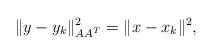
LaTeX: \begin{align*} \|y - y_k \|^2_{AA^T} = \| x - x_k \|^2,\end{align*}